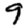
Digit: 9